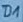
Text: D1